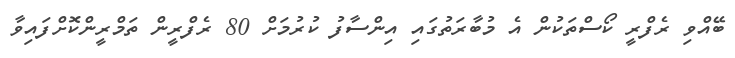
ބޭއްވި ރެފްރީ ކޯސްތަކުން އެ މުބާރަތުގައި އިންސާފު ކުރުމަށް 80 ރެފްރީން ތަމްރީންކޮށްފައިވާ